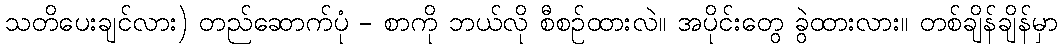
သတိပေးချင်လား) တည်ဆောက်ပုံ - စာကို ဘယ်လို စီစဉ်ထားလဲ။ အပိုင်းတွေ ခွဲထားလား။ တစ်ချိန်ချိန်မှာ